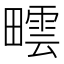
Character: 𤳟